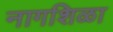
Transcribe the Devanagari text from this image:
नागशिळा